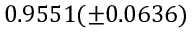
0 . 9 5 5 1 ( \pm 0 . 0 6 3 6 )